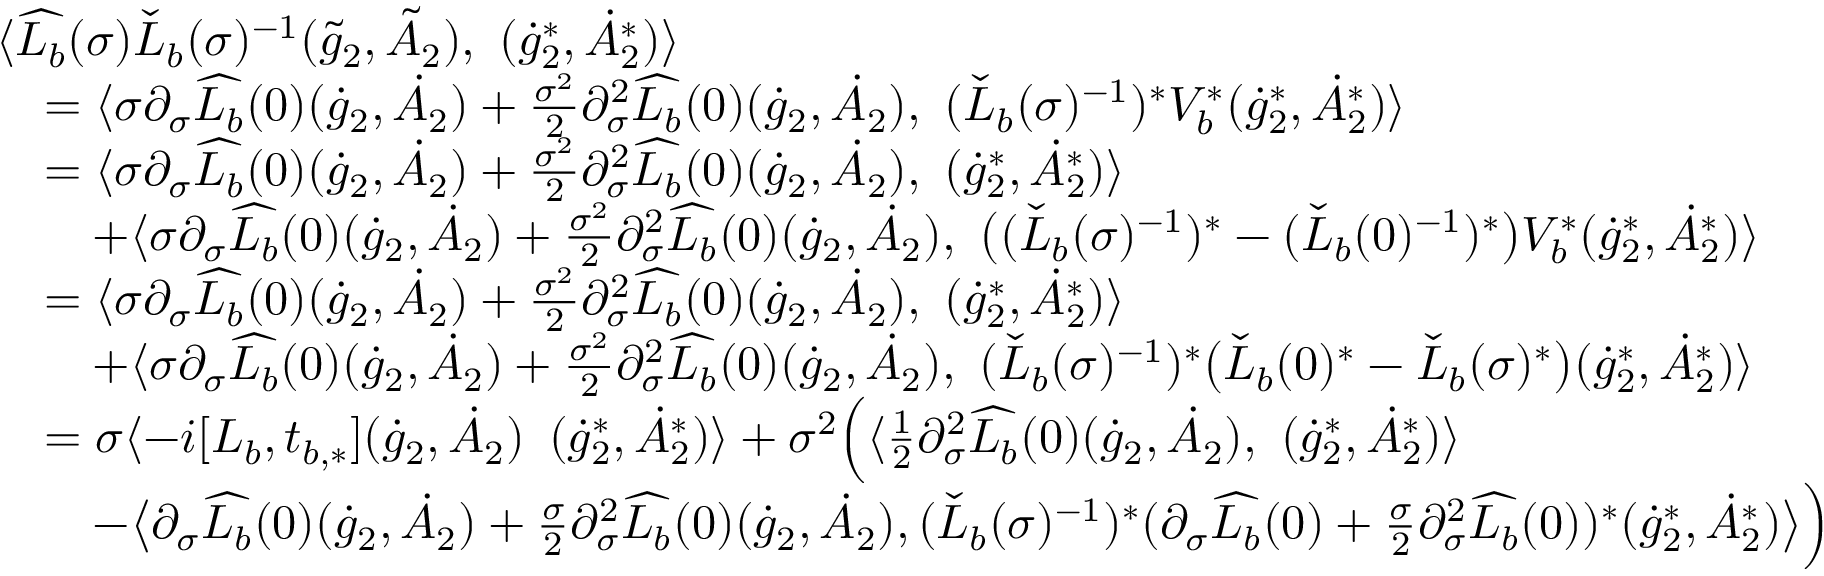
\begin{array} { r l } & { \langle \widehat { L _ { b } } ( \sigma ) \check { L } _ { b } ( \sigma ) ^ { - 1 } ( \tilde { g } _ { 2 } , \tilde { A } _ { 2 } ) , \ ( \dot { g } _ { 2 } ^ { * } , \dot { A } _ { 2 } ^ { * } ) \rangle } \\ & { \quad = \langle \sigma \partial _ { \sigma } \widehat { L _ { b } } ( 0 ) ( \dot { g } _ { 2 } , \dot { A } _ { 2 } ) + \frac { \sigma ^ { 2 } } { 2 } \partial _ { \sigma } ^ { 2 } \widehat { L _ { b } } ( 0 ) ( \dot { g } _ { 2 } , \dot { A } _ { 2 } ) , \ ( \check { L } _ { b } ( \sigma ) ^ { - 1 } ) ^ { * } V _ { b } ^ { * } ( \dot { g } _ { 2 } ^ { * } , \dot { A } _ { 2 } ^ { * } ) \rangle } \\ & { \quad = \langle \sigma \partial _ { \sigma } \widehat { L _ { b } } ( 0 ) ( \dot { g } _ { 2 } , \dot { A } _ { 2 } ) + \frac { \sigma ^ { 2 } } { 2 } \partial _ { \sigma } ^ { 2 } \widehat { L _ { b } } ( 0 ) ( \dot { g } _ { 2 } , \dot { A } _ { 2 } ) , \ ( \dot { g } _ { 2 } ^ { * } , \dot { A } _ { 2 } ^ { * } ) \rangle } \\ & { \quad \quad + \langle \sigma \partial _ { \sigma } \widehat { L _ { b } } ( 0 ) ( \dot { g } _ { 2 } , \dot { A } _ { 2 } ) + \frac { \sigma ^ { 2 } } { 2 } \partial _ { \sigma } ^ { 2 } \widehat { L _ { b } } ( 0 ) ( \dot { g } _ { 2 } , \dot { A } _ { 2 } ) , \ \big ( ( \check { L } _ { b } ( \sigma ) ^ { - 1 } ) ^ { * } - ( \check { L } _ { b } ( 0 ) ^ { - 1 } ) ^ { * } \big ) V _ { b } ^ { * } ( \dot { g } _ { 2 } ^ { * } , \dot { A } _ { 2 } ^ { * } ) \rangle } \\ & { \quad = \langle \sigma \partial _ { \sigma } \widehat { L _ { b } } ( 0 ) ( \dot { g } _ { 2 } , \dot { A } _ { 2 } ) + \frac { \sigma ^ { 2 } } { 2 } \partial _ { \sigma } ^ { 2 } \widehat { L _ { b } } ( 0 ) ( \dot { g } _ { 2 } , \dot { A } _ { 2 } ) , \ ( \dot { g } _ { 2 } ^ { * } , \dot { A } _ { 2 } ^ { * } ) \rangle } \\ & { \quad \quad + \langle \sigma \partial _ { \sigma } \widehat { L _ { b } } ( 0 ) ( \dot { g } _ { 2 } , \dot { A } _ { 2 } ) + \frac { \sigma ^ { 2 } } { 2 } \partial _ { \sigma } ^ { 2 } \widehat { L _ { b } } ( 0 ) ( \dot { g } _ { 2 } , \dot { A } _ { 2 } ) , \ ( \check { L } _ { b } ( \sigma ) ^ { - 1 } ) ^ { * } \big ( \check { L } _ { b } ( 0 ) ^ { * } - \check { L } _ { b } ( \sigma ) ^ { * } \big ) ( \dot { g } _ { 2 } ^ { * } , \dot { A } _ { 2 } ^ { * } ) \rangle } \\ & { \quad = \sigma \langle - i [ L _ { b } , t _ { b , * } ] ( \dot { g } _ { 2 } , \dot { A } _ { 2 } ) \, \ ( \dot { g } _ { 2 } ^ { * } , \dot { A } _ { 2 } ^ { * } ) \rangle + \sigma ^ { 2 } \Big ( \langle \frac { 1 } { 2 } \partial _ { \sigma } ^ { 2 } \widehat { L _ { b } } ( 0 ) ( \dot { g } _ { 2 } , \dot { A } _ { 2 } ) , \ ( \dot { g } _ { 2 } ^ { * } , \dot { A } _ { 2 } ^ { * } ) \rangle } \\ & { \quad \quad - \big \langle \partial _ { \sigma } \widehat { L _ { b } } ( 0 ) ( \dot { g } _ { 2 } , \dot { A } _ { 2 } ) + \frac { \sigma } { 2 } \partial _ { \sigma } ^ { 2 } \widehat { L _ { b } } ( 0 ) ( \dot { g } _ { 2 } , \dot { A } _ { 2 } ) , ( \check { L } _ { b } ( \sigma ) ^ { - 1 } ) ^ { * } ( \partial _ { \sigma } \widehat { L _ { b } } ( 0 ) + \frac { \sigma } { 2 } \partial _ { \sigma } ^ { 2 } \widehat { L _ { b } } ( 0 ) ) ^ { * } ( \dot { g } _ { 2 } ^ { * } , \dot { A } _ { 2 } ^ { * } ) \big \rangle \Big ) } \end{array}